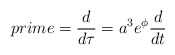
\begin{align*}prime=\frac{d}{d\tau}=a^{3}e^{\phi}\frac{d}{dt} \end{align*}